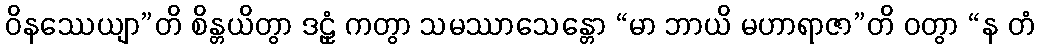
ဝိနဿေယျာ”တိ စိန္တယိတွာ ဒဠှံ ကတွာ သမဿာသေန္တော “မာ ဘာယိ မဟာရာဇာ”တိ ဝတွာ “န တံ